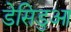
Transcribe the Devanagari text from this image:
डेसिडुआ